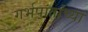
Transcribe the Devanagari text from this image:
गर्भपातांच्या